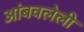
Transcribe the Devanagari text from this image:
आंबवलेली